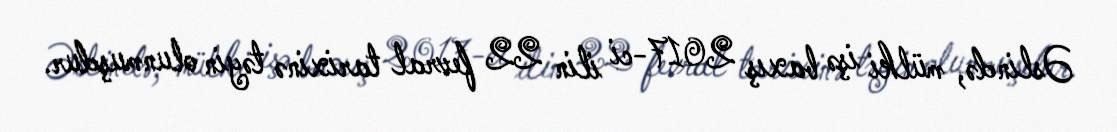
Əslində, mülki işə baxış 2017-ci ilin 22 fevral tarixinə təyin olunmuşdur.